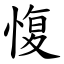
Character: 愎